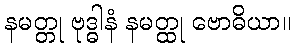
နမတ္တု ဗုဒ္ဓါနံ နမတ္ထု ဗောဓိယာ။